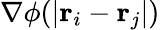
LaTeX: \nabla\phi(|{\mathbf r}_{i}-{\mathbf r}_{j}|)